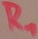
Text: R1